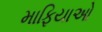
માફિયાઓ